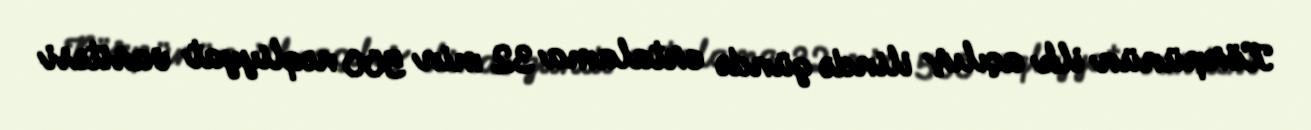
Körpünün ilk açılış ilində gündə ortalama 32 min 500 nəqliyyat vasitəsi